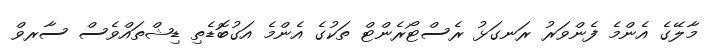
މާލޭގެ އެންމެ ފެންވަރު ރަނގަޅު ރެސްޓޯރެންޓް ތަކުގެ އެންމެ އަގުބޮޑެތި ޑިޝްތައްވެސް ސާރވް